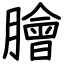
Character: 膾